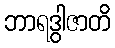
ဘာရဒွါဇာတိ